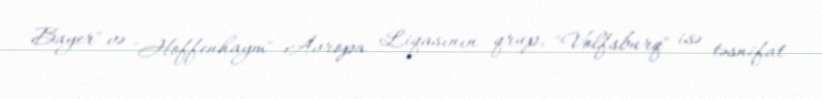
Bayer" və "Hoffenhaym" Avropa Liqasının qrup, "Volfsburq" isə təsnifat